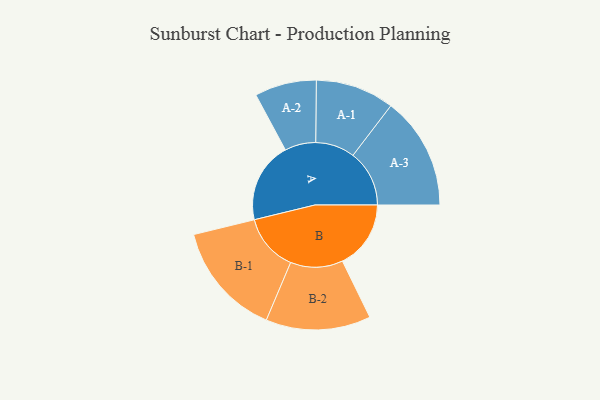
{"axis": {"x": "Segment", "y": "Value"}, "legend": ["", "A", "B"], "data": [{"x": "A", "y": 394, "type": ""}, {"x": "B", "y": 334, "type": ""}, {"x": "A-1", "y": 192, "type": "A"}, {"x": "A-2", "y": 151, "type": "A"}, {"x": "A-3", "y": 275, "type": "A"}, {"x": "B-1", "y": 279, "type": "B"}, {"x": "B-2", "y": 256, "type": "B"}]}